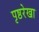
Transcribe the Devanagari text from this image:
पृष्ठरेखा